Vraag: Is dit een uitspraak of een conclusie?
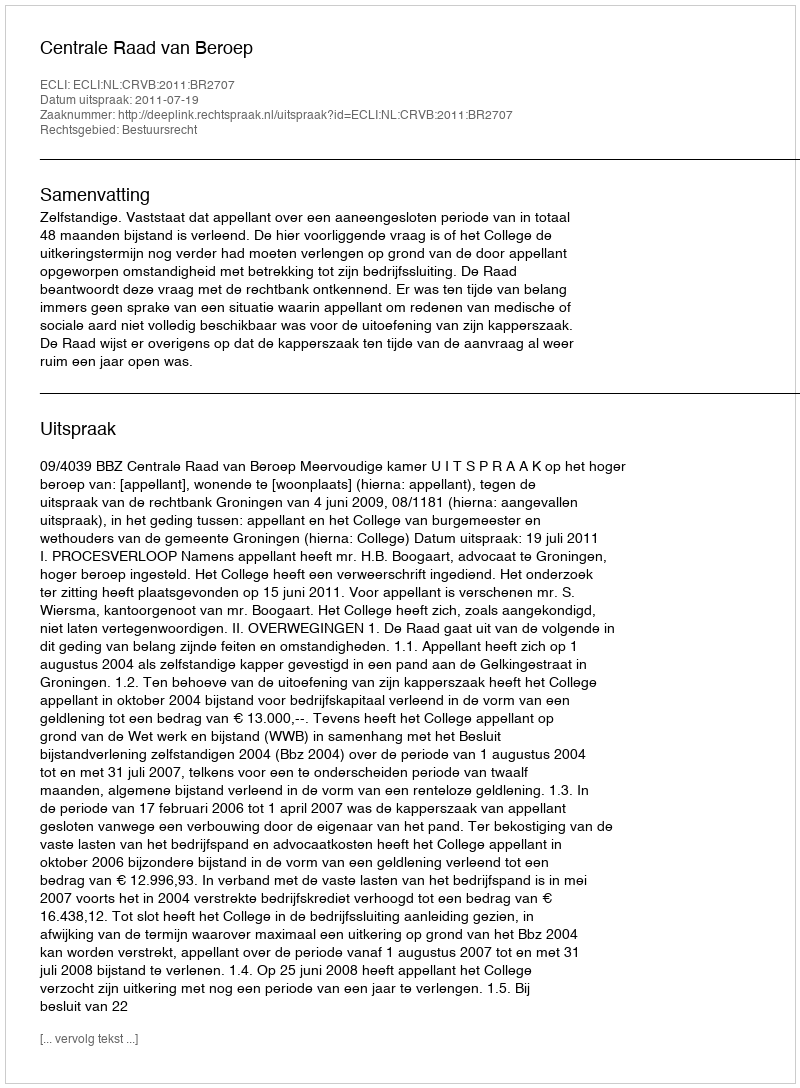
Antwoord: Uitspraak